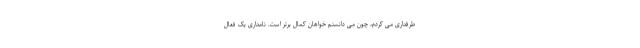
طرفداری می کردم، چون می دانستم خواهان کمال برتر است. نامداری یک فعال